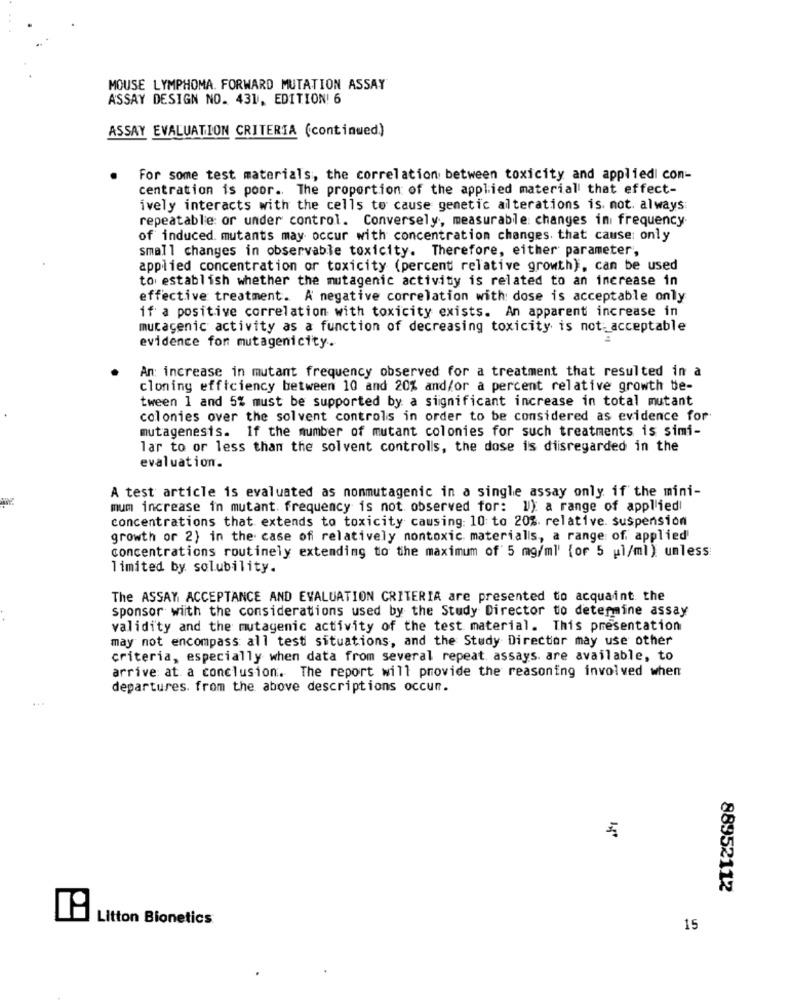
MOUSE LYMPHOMA. FORWARD MUTATION ASSAY
ASSAY DESIGN NO. 431, EDITION! 6
ASSAY EVALUATION CRITERIA (continued)
For some test materials, the correlation between toxicity and appliedi con-
centration is poor. The proportion of the applied material that effect-
ively interacts with the cells to cause genetic alterations is. not. always
repeatable: or under control. Conversely, measurable changes ini frequency.
of induced mutants may occur with concentration changes. that cause: only
small changes in observable toxicity. Therefore, either parameter,
applied concentration or toxicity (percent relative growth), can be used
to establish whether the mutagenic activity is related to an increase in
effective treatment. A negative correlation with: dose is acceptable only
if a positive correlation with toxicity exists. An apparent increase in
mutagenic activity as a function of decreasing toxicity is not acceptable
evidence for mutagenicity.
An: increase in mutant frequency observed for a treatment that resulted in a
cloning efficiency between 10 and 20% and/or a percent relative growth be-
tween 1 and 5% must be supported by a significant increase in total mutant
colonies over the solvent controls in order to be considered as evidence for
mutagenesis. If the number of mutant colonies for such treatments is simi-
lar to or less than the solvent controlis, the dose is disregarded in the
evaluation.
A test article is evaluated as nommutagenic in a single assay only if the mini-
mum increase in mutant. frequency is not observed for: l): a range of applied
concentrations that extends to toxicity causing: 10 to 20%. relative. suspension
growth or 2) in the case of relatively nontoxic materialis, a range of applied
concentrations routinely extending to the maximum of 5 mg/ml' {or 5 ul/ml) unless
limited by solubility.
The ASSAY ACCEPTANCE AND EVALUATION CRITERIA are presented to acquaint. the
sponsor with the considerations used by the Study Director to determine assay
validity and the mutagenic activity of the test material. This presentation
may not encompass all test situations, and the Study Director may use other
criteria, especially when data from several repeat. assays. are available, to
arrive at a conclusion. The report will provide the reasoning involved when
departures. from the above descriptions occur.
...
88952112
Litton Bionetics
15